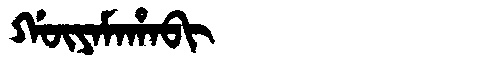
Manchu: ᡤᡡᠶᠠᠮᠠᡥᠠᠪᡳ
Romanization: GŪYAMAHABI